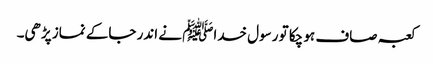
کعبہ صاف ہو چکا تو رسول خداﷺ نے اندر جاکے نماز پڑھی۔